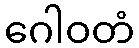
ဂေါဝတံ